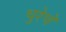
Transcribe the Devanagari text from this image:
धुरेचे